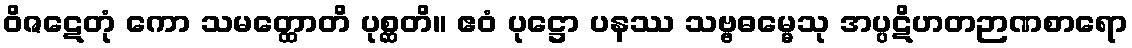
ဝိဇဋေတုံ ကော သမတ္ထောတိ ပုစ္ဆတိ။ ဧဝံ ပုဋ္ဌော ပနဿ သဗ္ဗဓမ္မေသု အပ္ပဋိဟတဉာဏစာရော